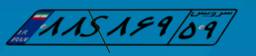
۱۲S۹۱۳۳۹